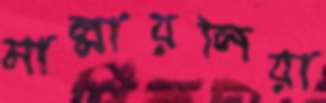
মাল্লায়লিয়া